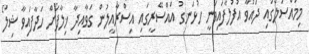
މިމައްސަލާގައި ދައުވާ އުފުލާފައިވަނީ ހުޅަނގު އައްސޭރީގައި އިސްރާއީލުން ގަވާއިދާ ޚިލާފަށް ހަދާފައިވާ ޝިލޯ